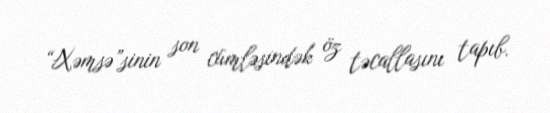
“Xəmsə”sinin son cümləsindək öz təcallasını tapıb.